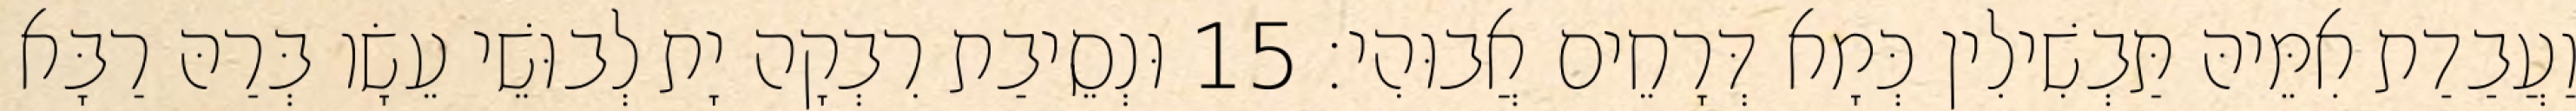
וַעֲבַדַת אִמֵּיהּ תַּבְשִׁילִין כְּמָא דְּרָחֵים אֲבוּהִי׃ 15 וּנְסֵיבַת רִבְקָה יָת לְבוּשֵׁי עֵשָׂו בְּרַהּ רַבָּא